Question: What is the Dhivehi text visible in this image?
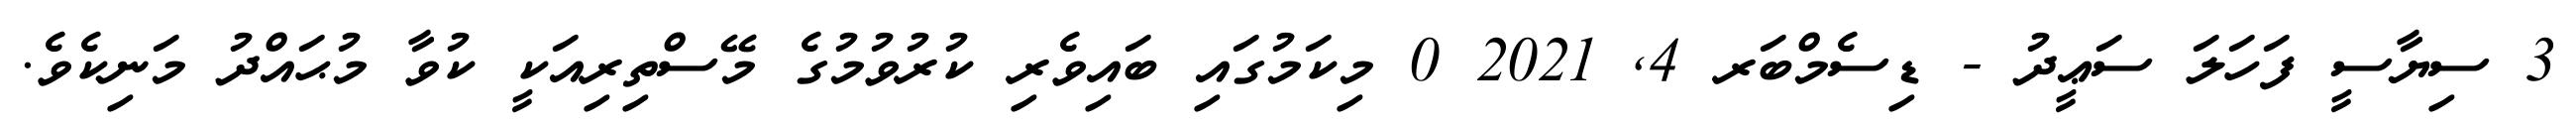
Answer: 3 ސިޔާސީ ފަހަލަ ސަޢީދު - ޑިސެމްބަރ 4, 2021 0 މިކަމުގައި ބައިވެރި ކުރުވުމުގެ މޭސްތިރިއަކީ ކުވާ މުޙައްދު މަނިކެވެ.